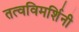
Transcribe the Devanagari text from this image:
तत्वविमर्शिनी